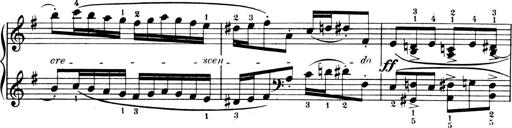
Title: 4 Sonatines
Composer: Max Reger